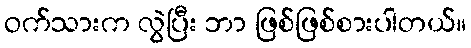
ဝက်သားက လွဲပြီး ဘာ ဖြစ်ဖြစ်စားပါတယ်။